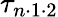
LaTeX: \tau_{n\cdot 1\cdot 2}